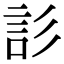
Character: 䚲